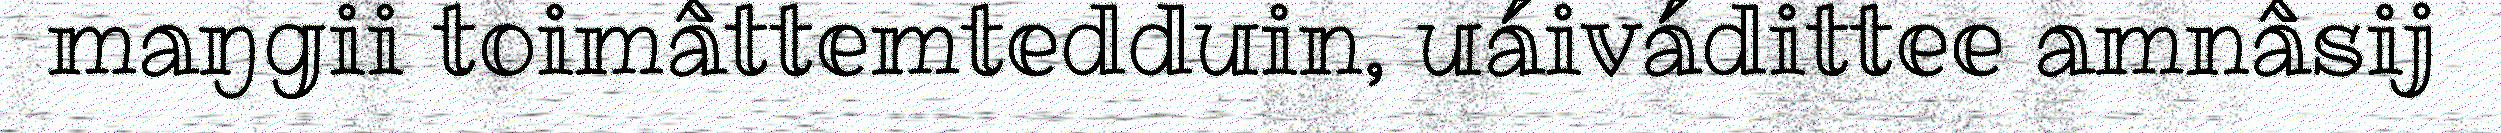
maŋgii toimâttemtedduin, uáivádittee amnâsij